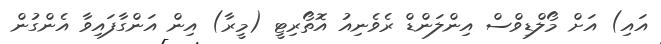
އައި) އަށް މޯލްޑިވްސް އިންލަންޑް ރެވެނިއު އޮތޯރިޓީ (މީރާ) އިން އަންގާފައިވާ އެންގުން